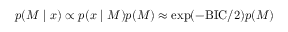
p ( M \mid x ) \propto p ( x \mid M ) p ( M ) \approx \exp ( - \mathrm { B I C } / 2 ) p ( M )